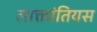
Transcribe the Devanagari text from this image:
लाक्तांतियस